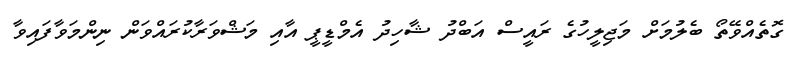
ގޮތެއްވޭތޯ ބެލުމަށް މަޖިލީހުގެ ރައީސް އަބްދު ޝާހިދު އެމްޑީޕީ އާއި މަޝްވަރާކުރައްވަން ނިންމަވާފައިވާ